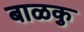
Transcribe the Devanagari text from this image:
बाळकु